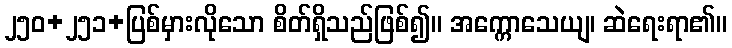
၂၅၀+၂၅၁+ပြစ်မှားလိုသော စိတ်ရှိသည်ဖြစ်၍။ အက္ကောသေယျ၊ ဆဲရေးရာ၏။